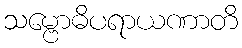
သမ္ဗောဓိပရာယဏာတိ